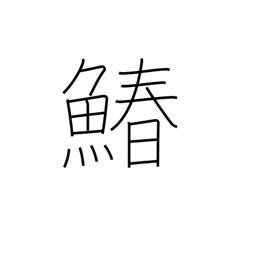
Meaning: Spanish mackerel